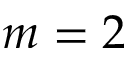
m = 2